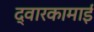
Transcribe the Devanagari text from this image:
द्वारकामाई